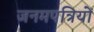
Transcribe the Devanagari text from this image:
जनमपत्रियों